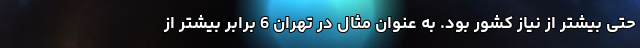
حتی بیشتر از نیاز کشور بود. به عنوان مثال در تهران 6 برابر بیشتر از